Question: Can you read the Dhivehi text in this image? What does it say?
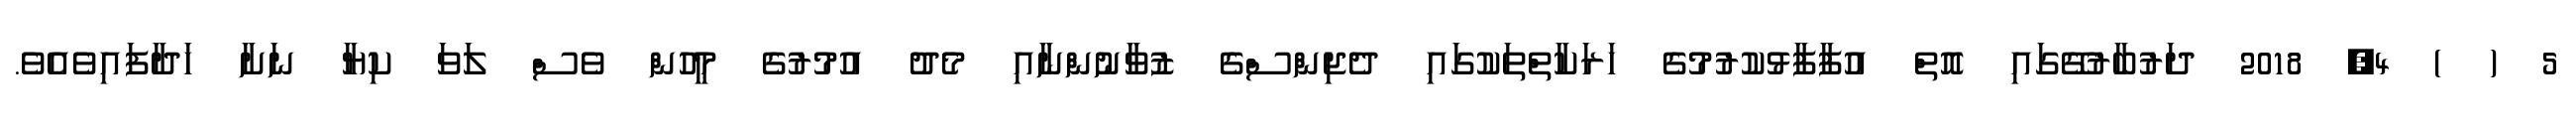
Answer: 5 ( ) 4, 2018 ދަރުބާރުގޭގައި އޮތް އުފާފާޅުކުރުމުގެ ހަރަކާތްތަކުގައި ދެޖިންސްގެ ޒުވާނުންނާއި މެދު އުމުރުގެ މީހުން ވެސް ލަވަ ކިޔާ ނަށާ ހަދާފައިވެއެވެ.